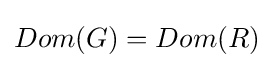
Dom(G)=Dom(R)